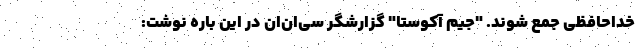
خداحافظی جمع شوند. "جیم آکوستا" گزارشگر سی‌ان‌ان در این باره نوشت: